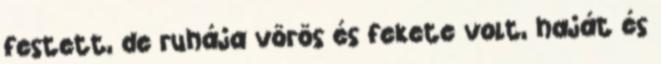
festett, de ruhája vörös és fekete volt, haját és